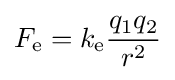
F_{\mathrm {e} }=k_{\text{e}}{\frac {q_{1}q_{2}}{r^{2}}}